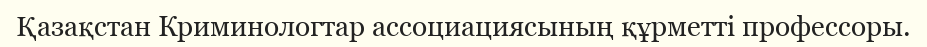
Қазақстан Криминологтар ассоциациясының құрметті профессоры.